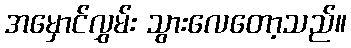
အမှောင်လွှမ်း သွားလေတော့သည်။